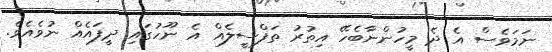
ނަމަވެސް އެ ދެ މީހުންނާބެހޭ އިތުރު ތަފްސީލެއް އެ ނޫހުގައި ދީފައެއް ނުވެއެވެ.